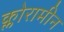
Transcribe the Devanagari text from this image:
क्लोरामीन